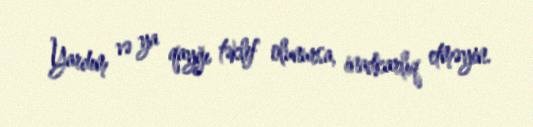
Yardım və ya qayğı təklif olunursa, inadkarlıq etməyin.